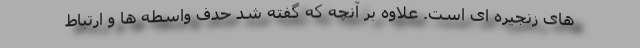
های زنجیره ای است. علاوه بر آنچه که گفته شد حدف واسطه ها و ارتباط